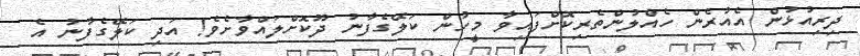
ދިރިއުޅުން އެއުރެން ހެއްލުންތެރިކޮށްފައިވާ މީހުން ކަލޭގެފާނު ދޫކޮށްލައްވާށެވެ! އަދި ކަލޭގެފާނު އެ